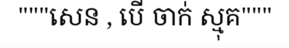
"""សេន , បើ ចាក់ ស្មុគ"""